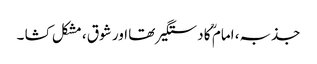
جذبہ، امام ؒ کا دستگیر تھا اور شوق ، مشکل کشا ۔